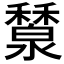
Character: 𥣤